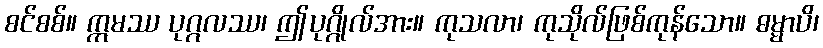
စင်စစ်။ ဣမဿ ပုဂ္ဂလဿ၊ ဤပုဂ္ဂိုလ်အား။ ကုသလာ၊ ကုသိုလ်ဖြစ်ကုန်သော။ ဓမ္မာပိ၊